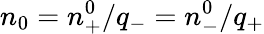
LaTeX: n_{0}=n_{+}^{0}/q_{-}=n_{-}^{0}/q_{+}